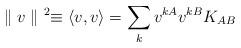
LaTeX: \begin{align*}\parallel v\parallel ^{\ 2}\equiv \langle v,v\rangle=\sum_{k}v^{kA}v^{kB}K_{AB}\end{align*}